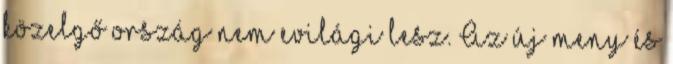
közelgő ország nem evilági lesz. Az új meny és